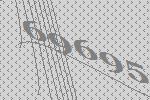
69695